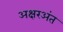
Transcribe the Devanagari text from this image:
अक्षरअंत